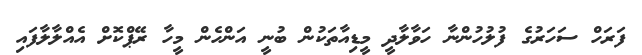
ފަރަހް ސަހަރުގެ ފުލުހުންނާ ހަވާލާދީ މީޑިއާތަކުން ބުނީ އަންހެން މީހާ ރޭޕްކޮށް އެއްލާލާފައި